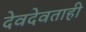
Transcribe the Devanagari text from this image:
देवदेवताही